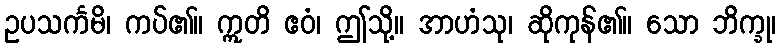
ဥပသင်္ကမိ၊ ကပ်၏။ ဣတိ ဧဝံ၊ ဤသို့။ အာဟံသု၊ ဆိုကုန်၏။ သော ဘိက္ခု၊